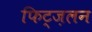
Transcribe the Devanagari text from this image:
फिट्ज़लन